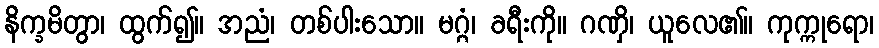
နိက္ခမိတွာ၊ ထွက်၍။ အညံ၊ တစ်ပါးသော။ မဂ္ဂံ၊ ခရီးကို။ ဂဏှိ၊ ယူလေ၏။ ကုက္ကုရော၊